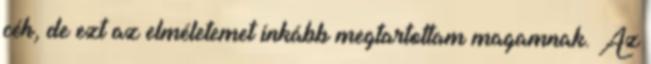
céh, de ezt az elméletemet inkább megtartottam magamnak. Az